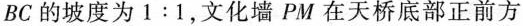
BC的坡度为1:1，文化墙PM在天桥底部正前方